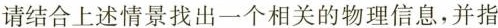
请结合上述情景找出一个相关的物理信息，并指